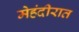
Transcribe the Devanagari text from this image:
मेहंदीरात